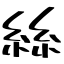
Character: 絲